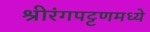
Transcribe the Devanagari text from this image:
श्रीरंगपट्टणमध्ये